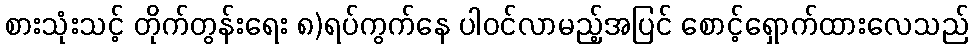
စားသုံးသင့် တိုက်တွန်းရေး ၈)ရပ်ကွက်နေ ပါဝင်လာမည့်အပြင် စောင့်ရှောက်ထားလေသည်